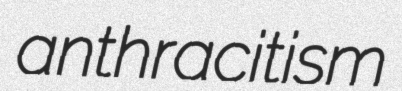
anthracitism